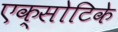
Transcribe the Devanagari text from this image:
एक्सोटिके